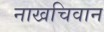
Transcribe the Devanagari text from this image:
नाखचिवान